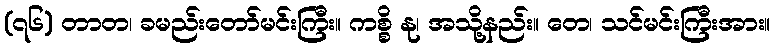
(၇၆) တာတ၊ ခမည်းတော်မင်းကြီး။ ကစ္စိ နု၊ အသို့နည်း။ တေ၊ သင်မင်းကြီးအား။